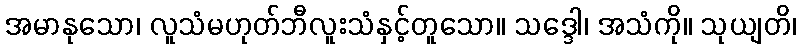
အမာနုသော၊ လူသံမဟုတ်ဘီလူးသံနှင့်တူသော။ သဒ္ဒေါ၊ အသံကို။ သုယျတိ၊